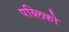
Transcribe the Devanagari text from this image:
पब्लिको